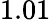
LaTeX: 1.01